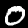
Digit: 0